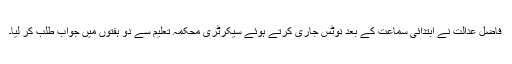
فاضل عدالت نے ابتدائی سماعت کے بعد نوٹس جاری کرتے ہوئے سیکرٹری محکمہ تعلیم سے دو ہفتوں میں جواب طلب کر لیا۔